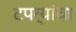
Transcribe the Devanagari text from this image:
टपर्‍यांचा